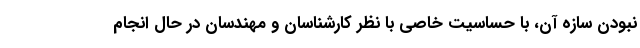
نبودن سازه آن، با حساسیت خاصی با نظر کارشناسان و مهندسان در حال انجام